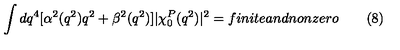
\int d q ^ { 4 } [ \alpha ^ { 2 } ( q ^ { 2 } ) q ^ { 2 } + \beta ^ { 2 } ( q ^ { 2 } ) ] | \chi _ { 0 } ^ { P } ( q ^ { 2 } ) | ^ { 2 } = f i n i t e a n d n o n z e r o \qquad ( 8 )